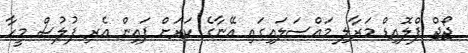
ޖޯޖް ފްލޮއިޑް މަރާލި މައްސަލައިގައި އޭނާގެ ކަރަށް ފައިން އެރި ފުލުސް މީހާ